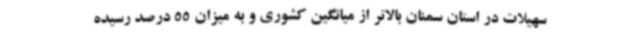
سهیلات در استان سمنان بالاتر از میانگین کشوری و به میزان 55 درصد رسیده